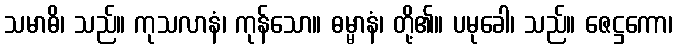
သမာဓိ၊ သည်။ ကုသလာနံ၊ ကုန်သော။ ဓမ္မာနံ၊ တို့၏။ ပမုခေါ၊ သည်။ ဇေဋ္ဌကော၊